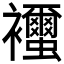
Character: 𧟐